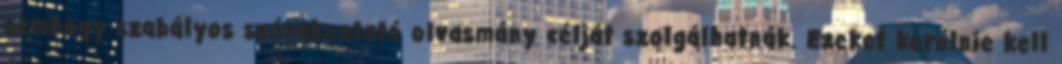
semhogy szabályos szórakoztató olvasmány célját szolgálhatnák. Ezeket kerülnie kell